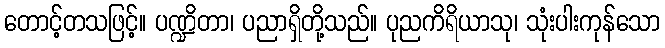
တောင့်တသဖြင့်။ ပဏ္ဍိတာ၊ ပညာရှိတို့သည်။ ပုညကိရိယာသု၊ သုံးပါးကုန်သော